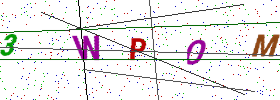
Text: 3WPOM